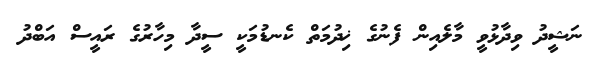
ނަޝީދު ވިދާޅުވީ މާލެއިން ފެނުގެ ޚިދުމަތް ކެނޑުމަކީ ސީދާ މިހާރުގެ ރައީސް އަބްދު